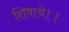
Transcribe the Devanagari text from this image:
शिवाचे।।